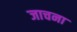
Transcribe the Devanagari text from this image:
जाचना